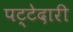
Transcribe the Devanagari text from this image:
पट्टेदारी